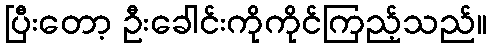
ပြီးတော့ ဦးခေါင်းကိုကိုင်ကြည့်သည်။